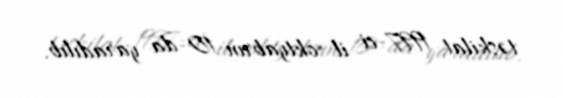
təşkilat 1997-ci il oktyabrın 10-da yaradılıb.